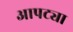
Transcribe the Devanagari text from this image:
आपट्या